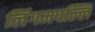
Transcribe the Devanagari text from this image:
लिंगमपल्लि